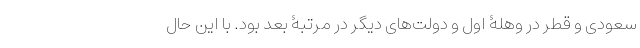
سعودی و قطر در وهلۀ اول و دولت‌های دیگر در مرتبۀ بعد بود. با این حال